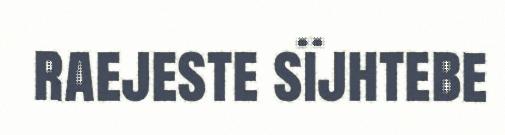
raejeste sïjhtebe